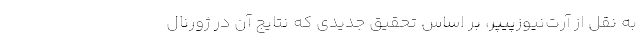
به نقل از آرت‌نیوزپیپر، بر اساس تحقیق جدیدی که نتایج آن در ژورنال